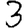
Digit: 3